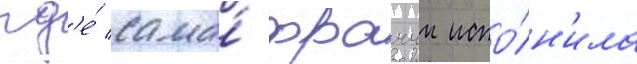
гд'е́ сама́ фраччи испо́лн'ила